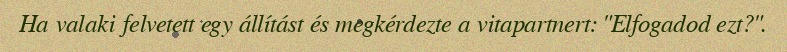
Ha valaki felvetett egy állítást és megkérdezte a vitapartnert: "Elfogadod ezt?".